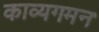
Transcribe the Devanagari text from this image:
काव्यगमन